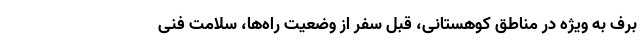
برف به ویژه در مناطق کوهستانی، قبلِ سفر از وضعیت راه‌ها، سلامت فنی